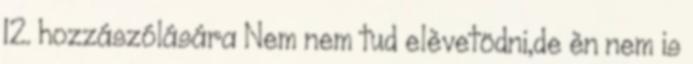
12. hozzászólására Nem nem tud elèvetödni,de èn nem is